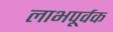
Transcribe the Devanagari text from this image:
लाभपूर्वक